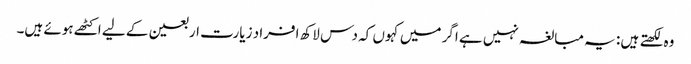
وہ لکھتے ہیں : یہ مبالغہ نہیں ہے اگر میں کہوں کہ دس لاکھ افراد زیارت اربعین کے لیے اکٹھے ہوئے ہیں۔